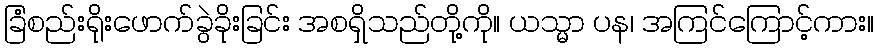
ခြံစည်းရိုးဖောက်ခွဲခိုးခြင်း အစရှိသည်တို့ကို။ ယသ္မာ ပန၊ အကြင်ကြောင့်ကား။